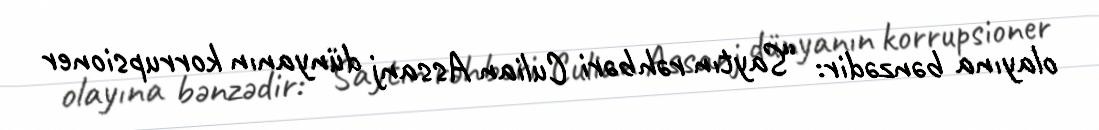
olayına bənzədir: “Saytın rəhbəri Culian Assanj dünyanın korrupsioner